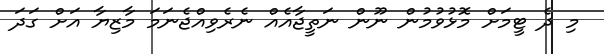
މި ދެ ޓީމަށް މޮޅުވުމުން ނޫން ނަތީޖާއެއް ނެރެވިއްޖެނަމަ މާޒިޔާ އަށް ގަދަ